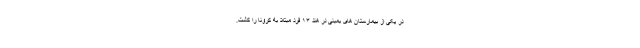
در یکی از بیمارستان های بمبئی در هند ۱۳ فرد مبتلا به کرونا را کشت.